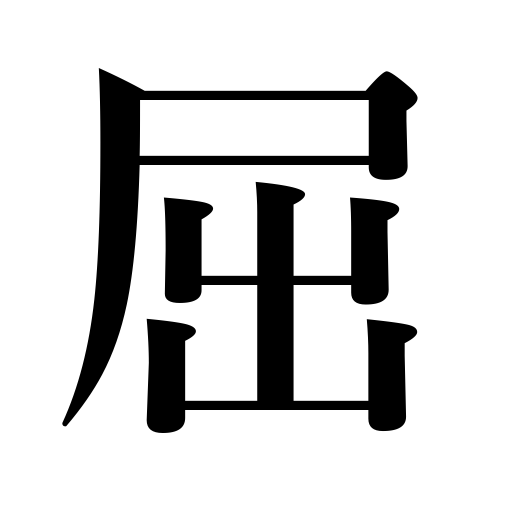
Meanings: give in,bend,bend over,flinch,submit to,yield to